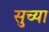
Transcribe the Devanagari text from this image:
सुच्या